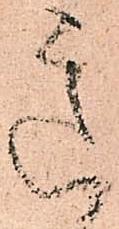
意